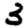
Digit: 3